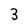
Character: 3